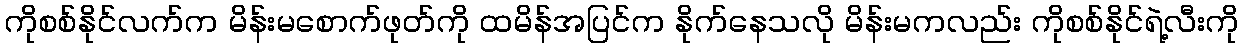
ကိုစစ်နိုင်လက်က မိန်းမစောက်ဖုတ်ကို ထမိန်အပြင်က နိုက်နေသလို မိန်းမကလည်း ကိုစစ်နိုင်ရဲ့လီးကို